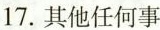
17.其他任何事